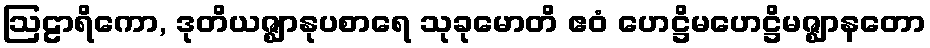
ဩဠာရိကော, ဒုတိယဇ္ဈာနုပစာရေ သုခုမောတိ ဧဝံ ဟေဋ္ဌိမဟေဋ္ဌိမဇ္ဈာနတော